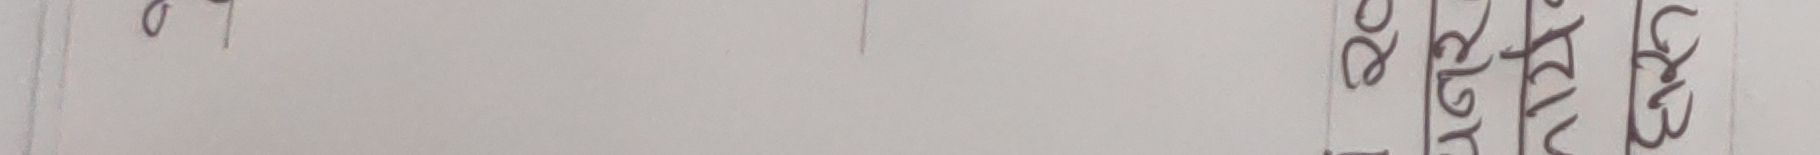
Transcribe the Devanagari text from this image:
अथवा आज्ञ